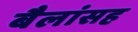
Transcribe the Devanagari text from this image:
बैलांसह